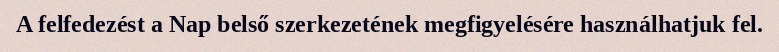
A felfedezést a Nap belső szerkezetének megfigyelésére használhatjuk fel.